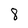
Character: 8